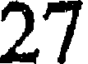
27